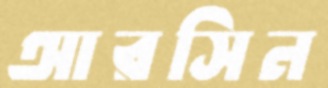
আরসিন